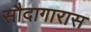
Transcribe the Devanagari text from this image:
सौदागारास